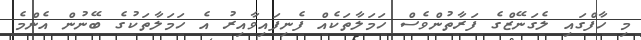
މި ހާފްގައި ލެގަނޭޒްގެ ފަރާތުންވެސް ހަމަލާތަކެއް ފެނިފައިވާއިރު އެ ހަމަލާތަކުގެ ބޭނުން އެންމެ